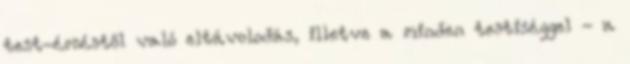
test-érzéstől való eltávolodás, illetve a minden testiséggel - a